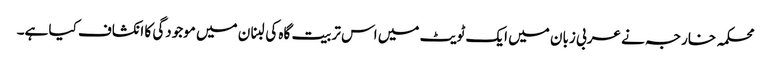
محکمہ خارجہ نے عربی زبان میں ایک ٹویٹ میں اس تربیت گاہ کی لبنان میں موجودگی کا انکشاف کیا ہے۔